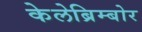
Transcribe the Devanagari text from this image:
केलेब्रिम्बोर